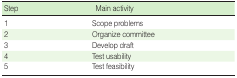
| Step | Main activity |
 | --- | --- |
 | 1 | Scope problems |
 | 2 | Organize committee |
 | 3 | Develop draft |
 | 4 | Test usability |
 | 5 | Test feasibility |